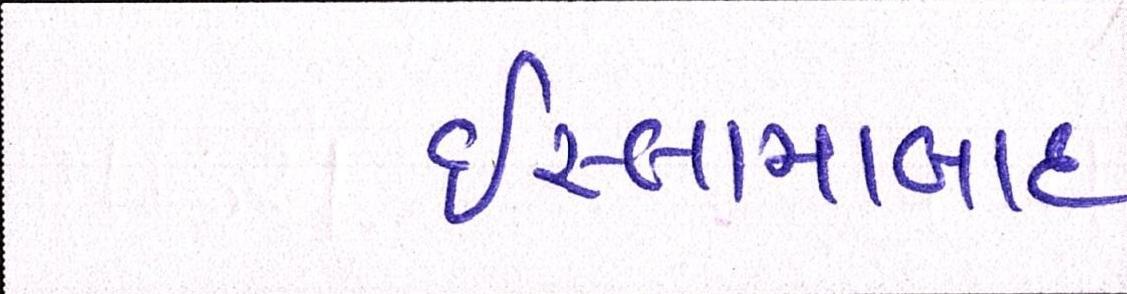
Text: ઇસ્લામાબાદ